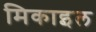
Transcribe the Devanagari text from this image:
मिकाइल